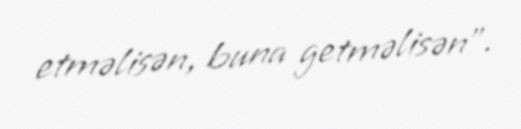
etməlisən, buna getməlisən”.